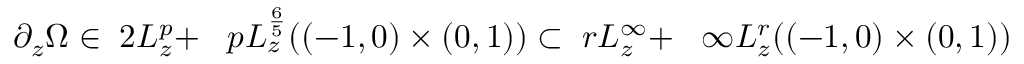
\begin{array} { r } { \partial _ { z } \Omega \in \Lt 2 L _ { z } ^ { p } + \Lt p L _ { z } ^ { \frac 6 5 } ( ( - 1 , 0 ) \times ( 0 , 1 ) ) \subset \Lt r L _ { z } ^ { \infty } + \Lt \infty L _ { z } ^ { r } ( ( - 1 , 0 ) \times ( 0 , 1 ) ) } \end{array}